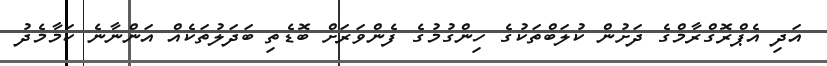
އަދި އެޕްރޮގްރާމްގެ ދަށުން ކުލަބްތަކުގެ ހިންގުމުގެ ފެންވަރަށް ބޮޑެތި ބަދަލުތަކެއް އަންނާނެ ކަމާމެދު